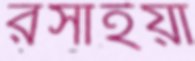
রসাইয়া